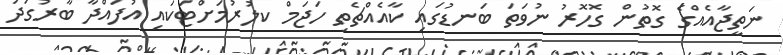
ނަތީޖާއެއްގެ ގޮތުން ގޮހޮރު ނުވަތަ ބަނޑުގައި ކާއެއްޗެތި ހަޖަމް ކލުރުމަށްޓަކައި އުފައްދާ ބާރުގަދަ